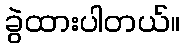
ခွဲထားပါတယ်။